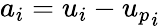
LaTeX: a_{i}=u_{i}-{u_{p}}_{i}